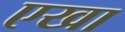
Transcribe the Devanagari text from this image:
एखा